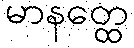
မာနတ္ထေ